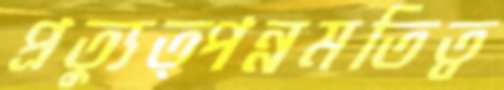
প্রত্যুত্পন্নমতিত্ব